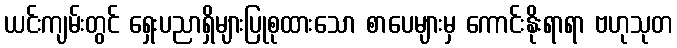
ယင်းကျမ်းတွင် ရှေးပညာရှိများပြုစုထားသော စာပေများမှ ကောင်းနိုးရာရာ ဗဟုသုတ